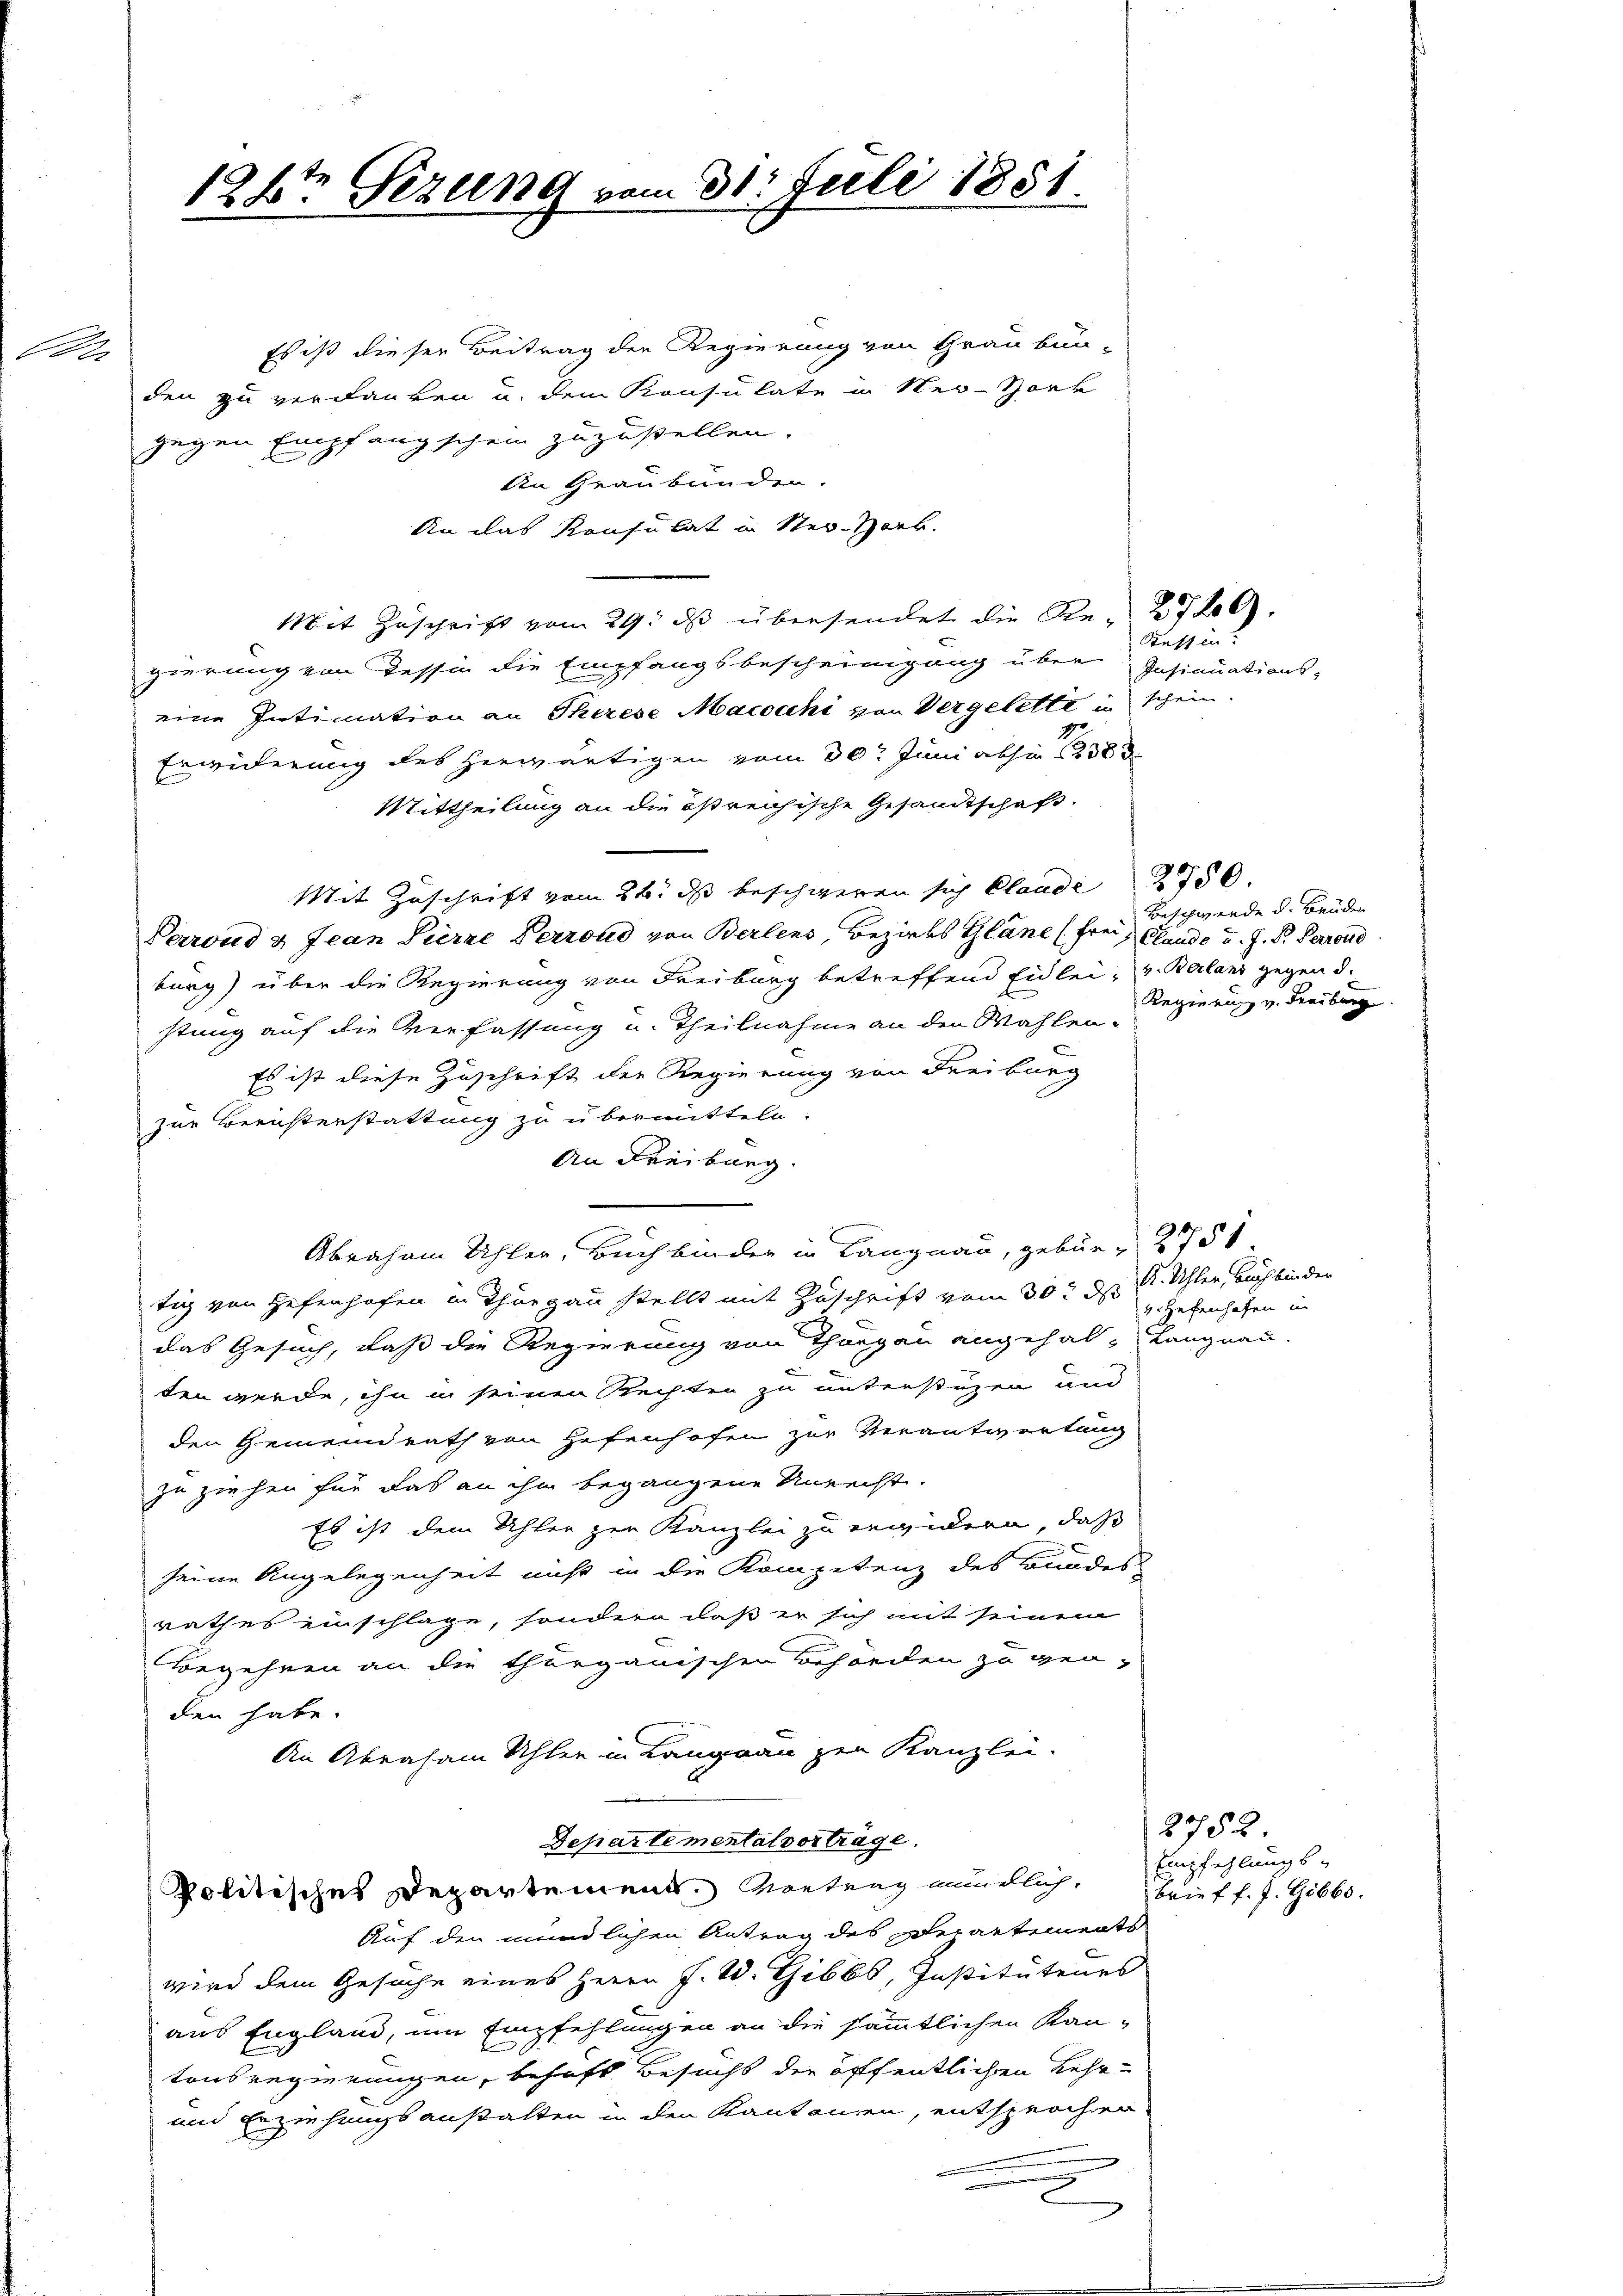
A

124ten Sezung vom 31. Juli 1881.

Es ist dieser Beitrag der Regierung von Graubun-
den zu verdanken u. dem Konsulate in Ner-Hork
gegen Empfangschein zuzustellen.
An Graubünden.
An das Konsulat in Ster-Horb.
Mit Zuschrift vom 29. ds übersendet die Re- 2720.
gierung von Tessin die Empfangsbescheinigung über Insinuations-
eine Intimation an Therese Macocchi von Vergelette in schein.
Erwiderung des herwärtigen vom 30t Juni abhin 138 d
Mittheilung an die östreichische Gesandtschaft.
Mit Zuschrift vom 26. ds beschweren sich Claude 2750.
Perrond & Jean Pierre Verrond von Berlens Bezirks Glane (frei, Glande u. J. P. Perrond
burg) über die Regierung von Freiburg betreffend Eidlei- u. Beilans gegen d.
stung auf die Verfassung u. Theilnahme an den Wahlen-
Es ist diese Zuschrift der Regierung von Freiburg
zur Berichterstattung zu übermitteln.
An Freiburg.
Abraham Uhler, Buchbinder in Langnau, gebür " 2751
tig von Hefenhofen in Thurgau stellt mit Zuschrift vom 30t d. R. Uhler, Buchbinder
das Gesuch, daß die Regierung von Thurgau angehal-Langnau-
ten werde, ihn in seinen Rechten zu unterstüzen und
den Gemeindrath von Hefenhofen zur Verantwortung
zu ziehen für das an ihm begangene Unrecht.
Es ist dem Uhler zur Kanzlei zu erwidern, daß
e
seine Angelegenheit nicht in die Kompetenz des Bundes
rathes einschlage, sondern daß er sich mit seinem
Begehren an die thurgauischen Behörden zu geoden habe.
An Abraham Schler in Langnau zur Kanzlei-
Departementalverträge.
politisches Departement. Vortrag mündlich, Brief f. J. Gibbo.
Auf den mündlichen Antrag des Departements
wird dem Gesuche eines Herrn J. W. Gibbs, Institutenes
aus England, um Empfehlungen an die sämmtlichen Kan-
tonsregierungen, behaft Besucht der öffentlichen Lehr-
und Erziehungsanstalten in den Kantonen, entsprochen
nung

Tessin.

Beschwerde d. Bruden
Regierung v. Freiburg

1. Hefenhofen in

2752.
Empfehlungs¬